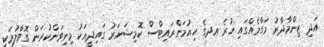
އަދި ޒިންމާދާރު މަގާމެއްގައި ހުރެ އދގެ ހިއުމަންރައިޓްސް ކޮމިޝަނަރު ގައިދީއަކު މިނިވަންކުރަން ގޮވާލުމަކީ